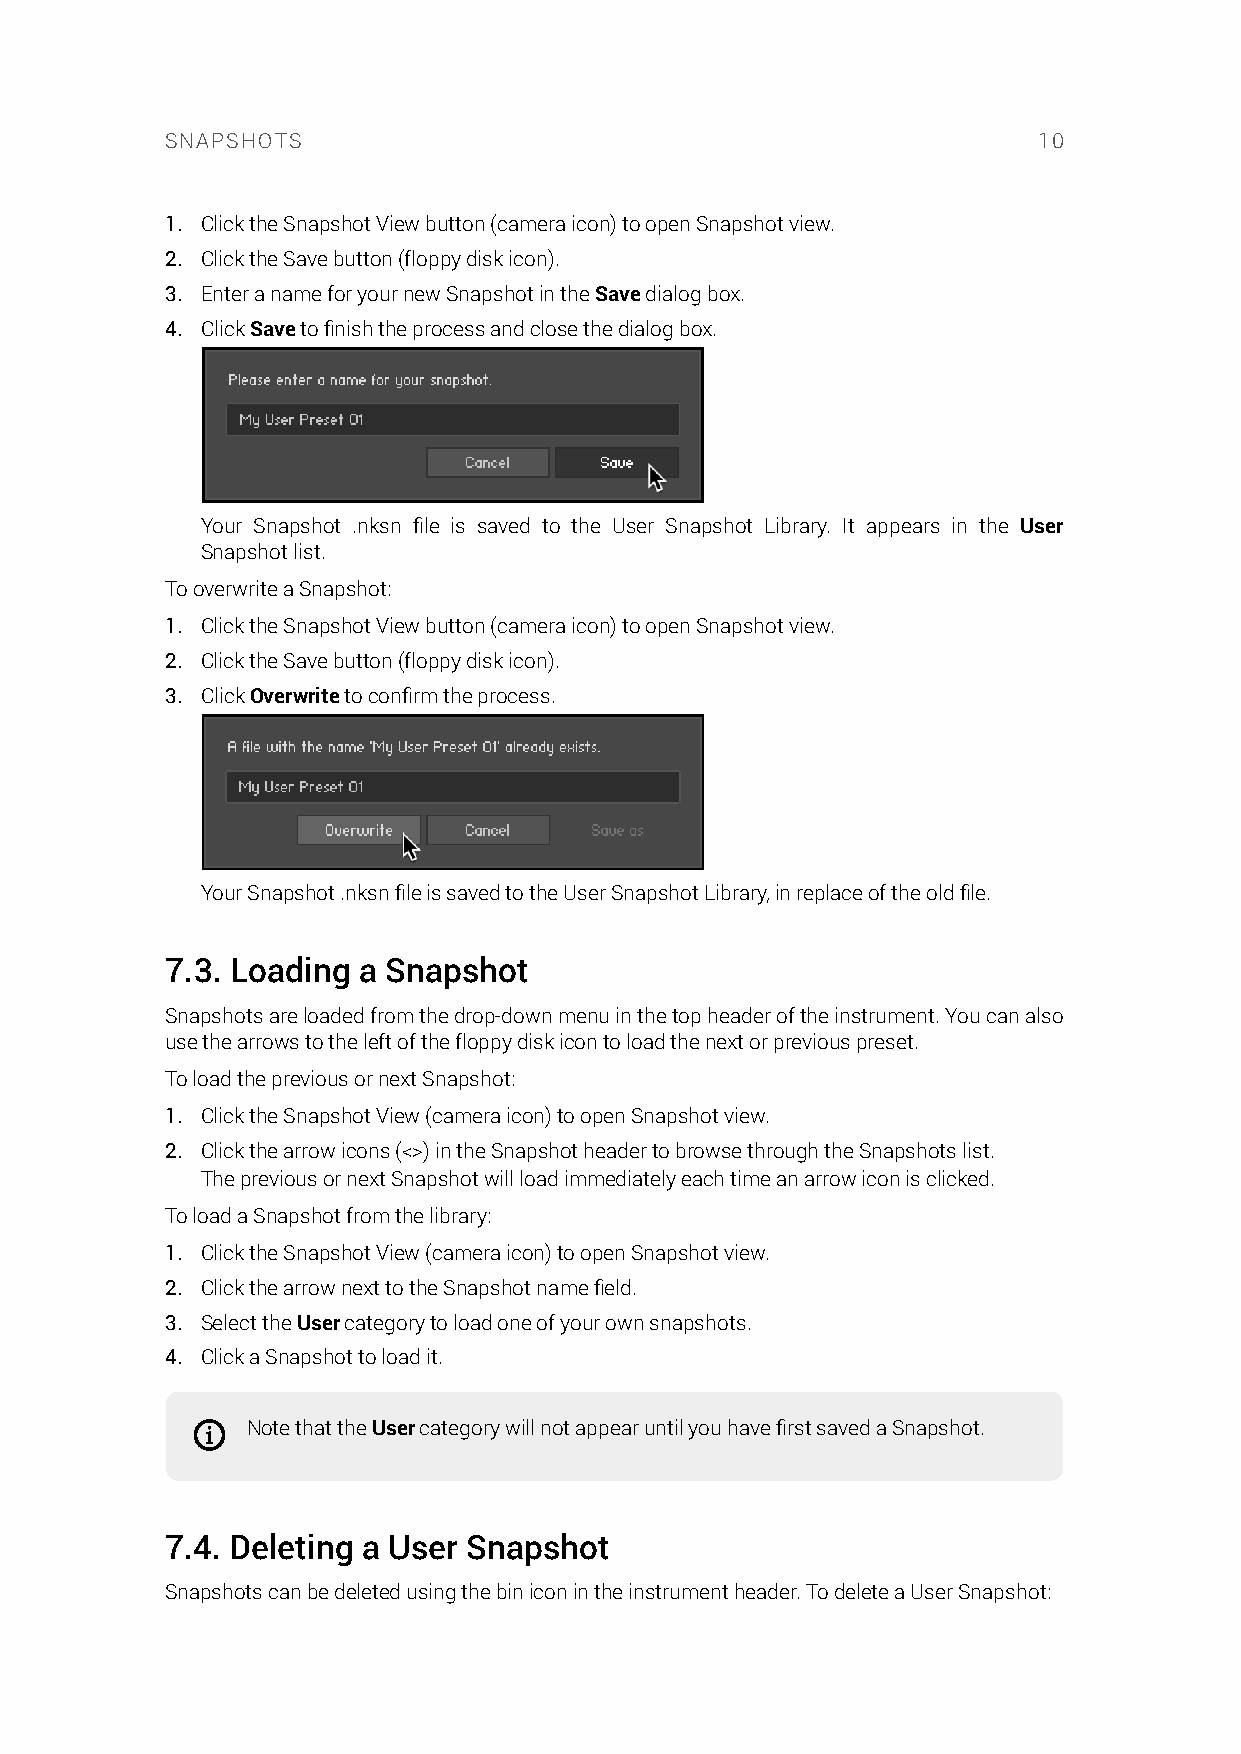
SNAPSHOTS                                                 10
 1. Click the Snapshot View button (camera icon) to open Snapshot view.
 2. Click the Save button (floppy disk icon).
 3. Enter a name for your new Snapshot in the Save dialog box.
 4. Click Save to finish the process and close the dialog box.
 Your Snapshot .nksn file is saved to the User Snapshot Library. It appears in the User
 Snapshot list.
 To overwrite a Snapshot:
 1. Click the Snapshot View button (camera icon) to open Snapshot view.
 2. Click the Save button (floppy disk icon).
 3. Click Overwrite to confirm the process.
 Your Snapshot .nksn file is saved to the User Snapshot Library, in replace of the old file.
 7.3. Loading a Snapshot
 Snapshots are loaded from the drop-down menu in the top header of the instrument. You can also
 use the arrows to the left of the floppy disk icon to load the next or previous preset.
 To load the previous or next Snapshot:
 1. Click the Snapshot View (camera icon) to open Snapshot view.
 2. Click the arrow icons (<>) in the Snapshot header to browse through the Snapshots list.
 The previous or next Snapshot will load immediately each time an arrow icon is clicked.
 To load a Snapshot from the library:
 1. Click the Snapshot View (camera icon) to open Snapshot view.
 2. Click the arrow next to the Snapshot name field.
 3. Select the User category to load one of your own snapshots.
 4. Click a Snapshot to load it.
 Note that the User category will not appear until you have first saved a Snapshot.
 7.4. Deleting a User Snapshot
 Snapshots can be deleted using the bin icon in the instrument header. To delete a User Snapshot: